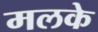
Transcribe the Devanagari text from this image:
मलके